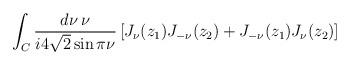
LaTeX: \begin{align*}\int_C \frac{d\nu \: \nu}{i 4\sqrt{2} \sin \pi\nu} \left[ J_\nu(z_1) J_{-\nu}(z_2) + J_{-\nu}(z_1) J_\nu(z_2) \right] \;\;\;\;\;\;\;\;\;\;\;\;\;\;\;\;\;\;\;\;\;\end{align*}